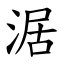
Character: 涺